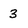
Character: 3